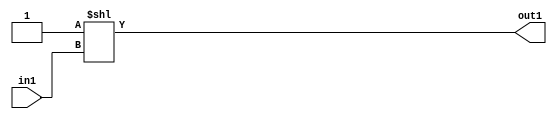
`timescale 1ps / 1ps
/*****************************************************************************
    Verilog RTL Description
    
    
    Created by: Stratus DpOpt 2019.1.01 
*******************************************************************************/

module DC_Filter_DECODE_512U_9_4 (
	in1,
	out1
	); /* architecture "behavioural" */ 
input [8:0] in1;
output [511:0] out1;
wire [511:0] asc001;

assign asc001 = 512'B00000000000000000000000000000000000000000000000000000000000000000000000000000000000000000000000000000000000000000000000000000000000000000000000000000000000000000000000000000000000000000000000000000000000000000000000000000000000000000000000000000000000000000000000000000000000000000000000000000000000000000000000000000000000000000000000000000000000000000000000000000000000000000000000000000000000000000000000000000000000000000000000000000000000000000000000000000000000000000000000000000000000000000000000000000001
    << in1;

assign out1 = asc001;
endmodule

/* CADENCE  vLnxSQ0= : u9/ySgnWtBlWxVPRXgAZ4Og= ** DO NOT EDIT THIS LINE ******/